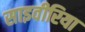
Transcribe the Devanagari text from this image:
साइवीरिया